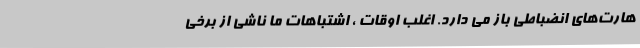
هارت‌های انضباطی باز می دارد. اغلب اوقات ، اشتباهات ما ناشی از برخی